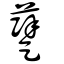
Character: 躠